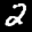
Label: 2